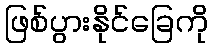
ဖြစ်ပွားနိုင်ခြေကို